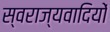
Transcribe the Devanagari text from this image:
स्वराज्यवादियों